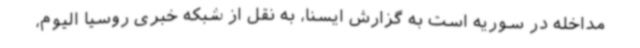
مداخله در سوریه است به گزارش ایسنا، به نقل از شبکه خبری روسیا الیوم،